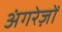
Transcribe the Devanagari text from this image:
अंगरेज़ों